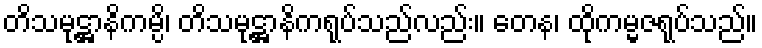
တိသမုဋ္ဌာနိကမ္ပိ၊ တိသမုဋ္ဌာနိကရုပ်သည်လည်း။ တေန၊ ထိုကမ္မဇရုပ်သည်။